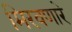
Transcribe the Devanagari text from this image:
मिरवणारे